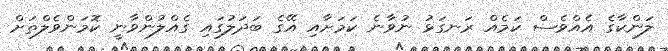
ލަންކާގެ އެއްވެސް ކަމެއް ރަނގަޅު ނުވާނެ ކަމަށާއި އޭގެ ބަދަލުގައި ގެއްލުންވާނީ ކޮމަންވެލްތަށް